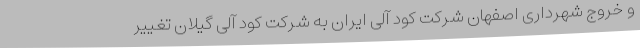
و خروج شهرداری اصفهان شرکت کود آلی ایران به شرکت کود آلی گیلان تغییر